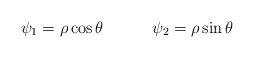
LaTeX: \begin{align*}\psi_1=\rho \cos \theta \qquad \quad \psi_2 = \rho \sin \theta\end{align*}